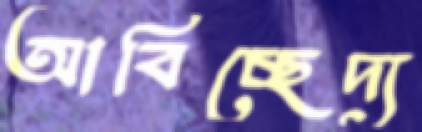
আবিচ্ছেদ্য